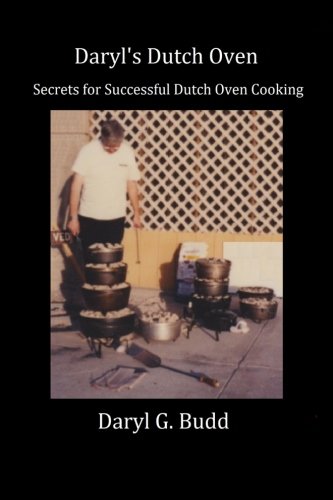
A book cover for Daryl's Dutch Oven; Daryl George Budd; Cookbooks, Food & Wine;